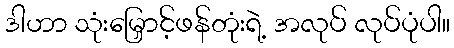
ဒါဟာ သုံးမြှောင့်ဖန်တုံးရဲ့ အလုပ် လုပ်ပုံပါ။